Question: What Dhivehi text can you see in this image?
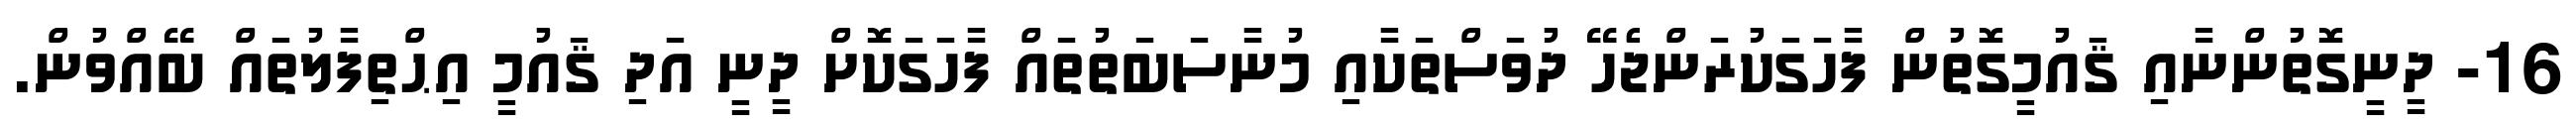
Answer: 16- ދީނީގޮތުންނާއި ޤައުމީގޮތުން ފާހަގަކުރަންޖެހޭ ދުވަސްތަކާއި މުނާސަބަތުތައް ފާހަގަކޮށް ދީނީ އަދި ޤައުމީ އިޙްތިފާލުތައް ބޭއްވުން.